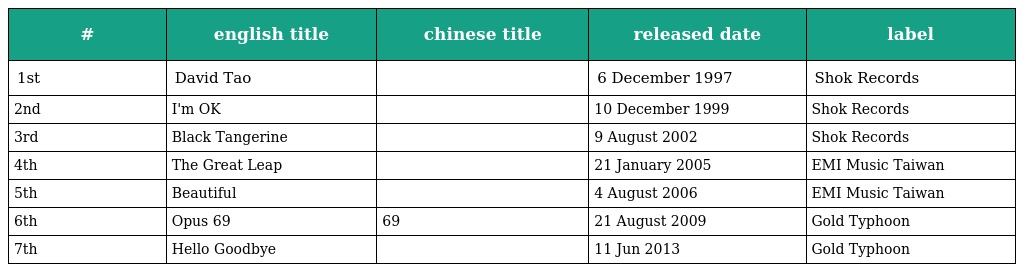
| # | english title | chinese title | released date | label |
 | --- | --- | --- | --- | --- |
 | 1st | David Tao | 陶喆 同名專輯 | 6 December 1997 | Shok Records |
 | 2nd | I'm OK |  | 10 December 1999 | Shok Records |
 | 3rd | Black Tangerine | 黑色柳丁 | 9 August 2002 | Shok Records |
 | 4th | The Great Leap | 太平盛世 | 21 January 2005 | EMI Music Taiwan |
 | 5th | Beautiful | 太美麗 | 4 August 2006 | EMI Music Taiwan |
 | 6th | Opus 69 | 69樂章 | 21 August 2009 | Gold Typhoon |
 | 7th | Hello Goodbye | 再見你好嗎 | 11 Jun 2013 | Gold Typhoon |